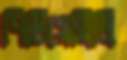
পিটিয়েছিলি